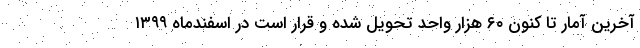
آخرین آمار تا کنون ۶۰ هزار واحد تحویل شده و قرار است در اسفندماه ۱۳۹۹